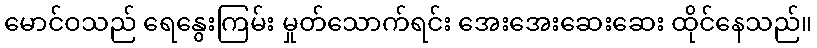
မောင်ဝသည် ရေနွေးကြမ်း မှုတ်သောက်ရင်း အေးအေးဆေးဆေး ထိုင်နေသည်။